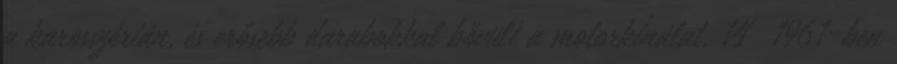
a karosszérián, és erősebb darabokkal bővült a motorkínálat. 14 1961-ben